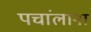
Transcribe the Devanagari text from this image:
पचांलाना